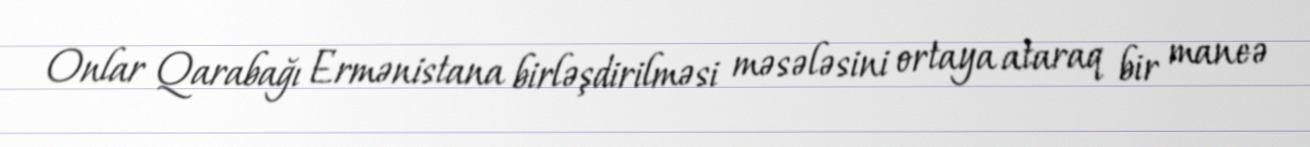
Onlar Qarabağı Ermənistana birləşdirilməsi məsələsini ortaya ataraq bir maneə